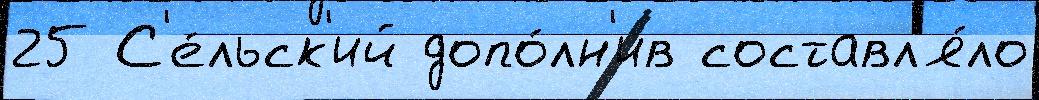
25 С'е́льск'ий допо́лн'ив составл'я́ло